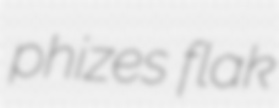
phizes flak